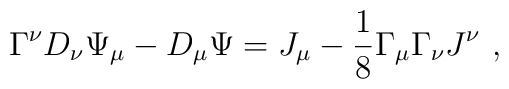
\Gamma^\nu  D_\nu \Psi_\mu - D_\mu \Psi = J_\mu - \frac{1}{8} \Gamma_\mu \Gamma_\nu J^\nu ~,